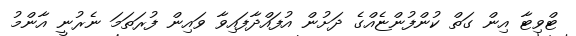
ޓްވިޓާ އިން ގަތް ކުންފުންޏެއްގެ ދަށުން އުފައްދާފައިވާ ވައިން ފުރަތަމަ ނެރުނީ އާންމު